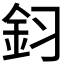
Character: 𮡦